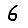
Digit: 6